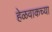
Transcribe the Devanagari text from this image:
हेळवाकच्या